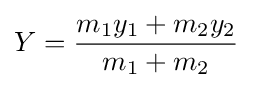
Y={\frac {m_{1}y_{1}+m_{2}y_{2}}{m_{1}+m_{2}}}